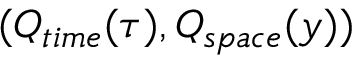
( Q _ { t i m e } ( \tau ) , Q _ { s p a c e } ( y ) )